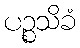
ပဉ္စသိခံ